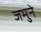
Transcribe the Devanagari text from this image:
जमुने